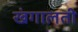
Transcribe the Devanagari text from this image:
खंगालती